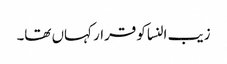
زیب النسا کو قرار کہاں تھا۔